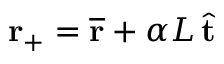
\mathbf { r } _ { + } = \overline { { \mathbf { r } } } + \alpha L \, \hat { \mathbf { t } }